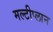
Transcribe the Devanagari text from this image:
मल्टीप्लान